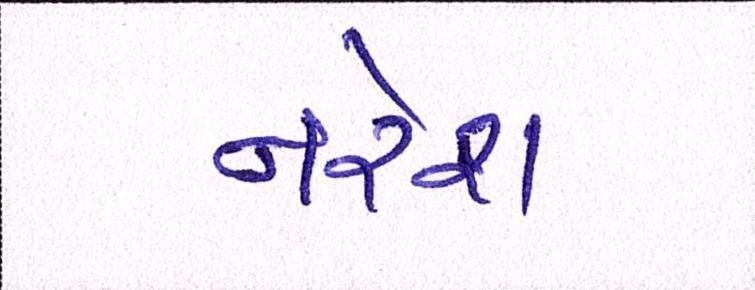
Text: નરેશ